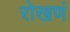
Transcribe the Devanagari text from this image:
रोखणं